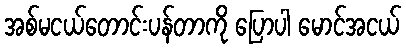
အစ်မငယ်တောင်းပန်တာကို ပြောပါ မောင်အငယ်